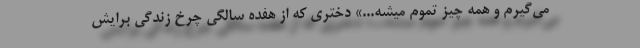
می‌گیرم و همه چیز تموم میشه...» دختری که از هفده سالگی چرخ زندگی برایش